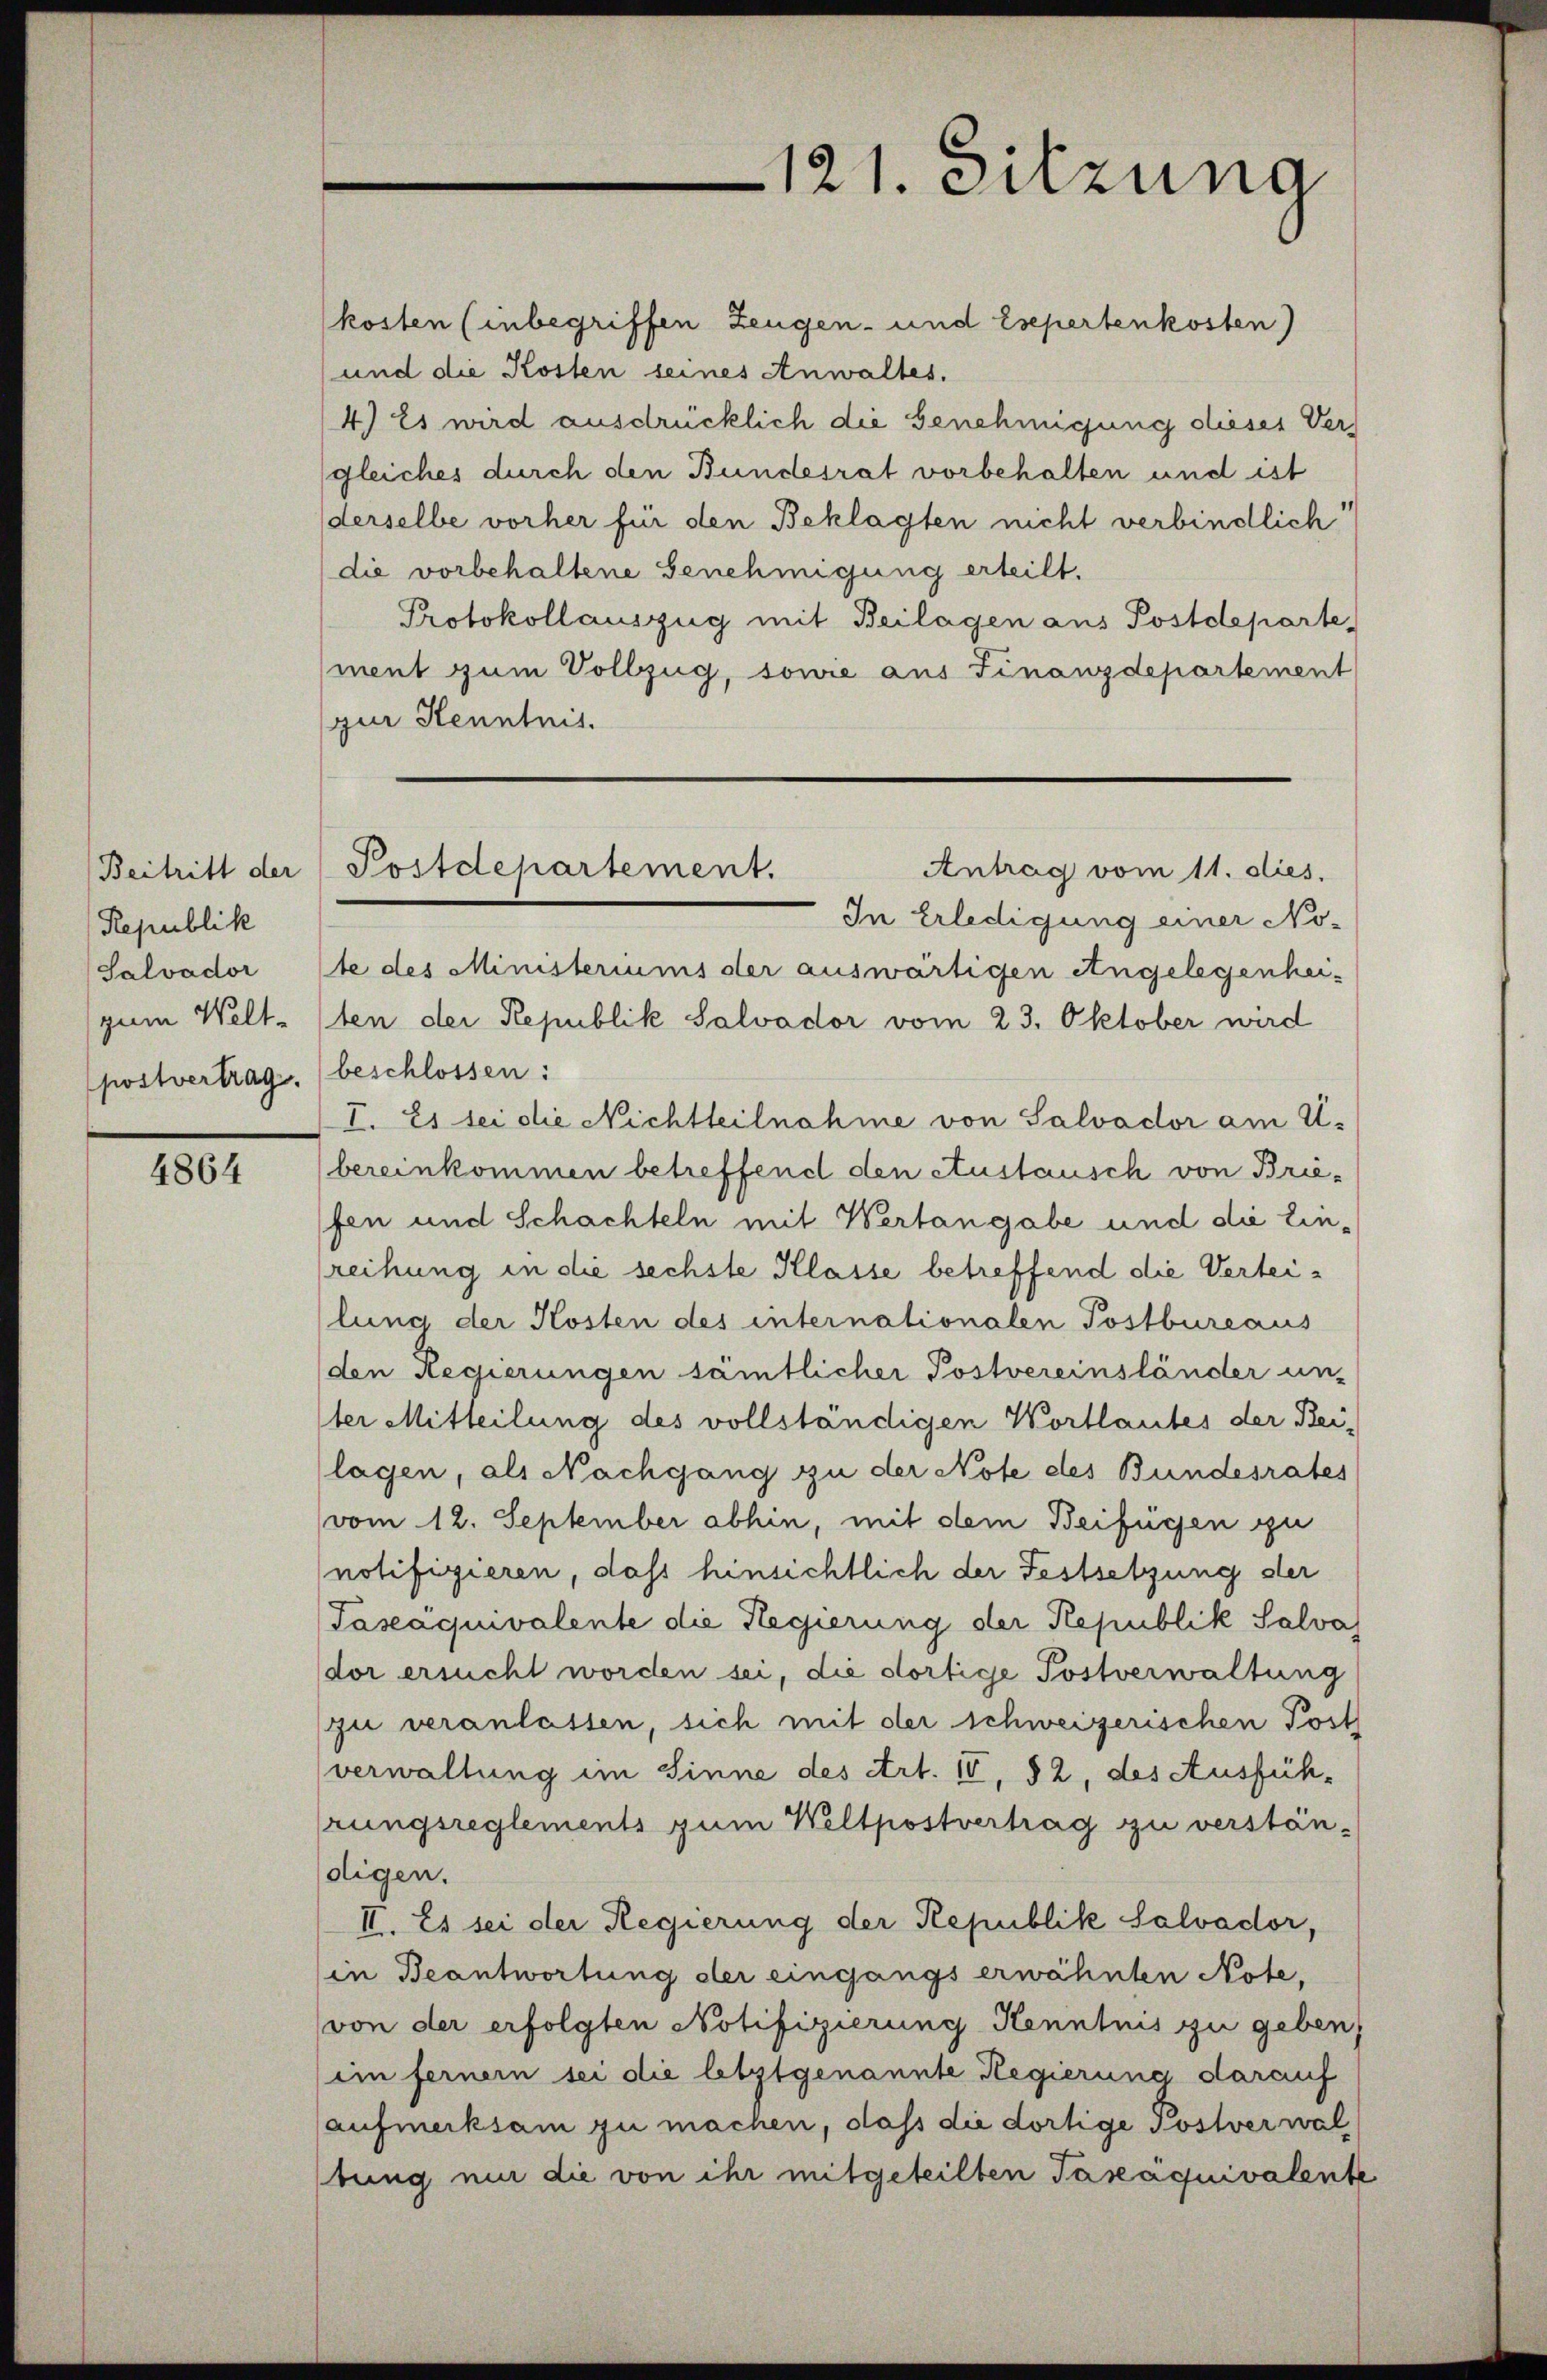
Beitritt der
Republik
Salvador
zum Welt-
postvertrag.

4864

121. Sitzung

kosten (inbegriffen Zeugen- und Esepertenkosten)
und die Kosten seines Anwaltes.
4.) Es wird ausdrücklich die Genehmigung dieser Vergleiches durch den Bundesrat vorbehalten und ist
derselbe vorher für den Beklagten nicht verbindlich
die vorbehaltene Genehmigung erteilt.
Protokollauszug mit Beilagen aus Postdeparte
ment zum Vollzug, sowie aus Finanzdepartement
zur Kenntnis.

In Erledigung einer Note des Ministeriums der auswärtigen Angelegenhei-
ten der Republik Salvador vom 23. Oktober wird
beschlossen:
I. Es sei die Nichtteilnahme von Salvador am U.
bereinkommen betreffend den Austausch von Briefen und Schachteln mit Wertangabe und die Einreihung in die sechste Klasse betreffend die Verteilung der Kosten des internationalen Postbureaus
(den Regierungen sämtlicher Postvereinsländer un-
ter Mitteilung des vollständigen Wortlautes der Bei-
lagen, als Nachgang zu der Note des Bundesrates
vom 12. September abhin, mit dem Beifügen zu
notifizieren, dass hinsichtlich der Festsetzung der
Paseaquivalente die Regierung der Republik Salva
dor ersucht worden sei, die dortige Postverwaltung
zu veranlassen, sich mit der schweizerischen Post
verwaltung im Sinne des Art. IV, 52, des Ausfühhrungsreglements zum Weltpostvertrag zu verstän-
digen.
II. Es sei der Regierung der Republik Salvador,
in Beantwortung der eingangs erwähnten Note,
von der erfolgten Notifizierung Kenntnis zu geben,
im ferner sei die letztgenannte Regierung darauf
aufmerksam zu machen, dass die dortige Postverwaltung nur die von ihr mitgeteilten Taxaquivalente

Antrag vom 11. dies
Postdepartement.